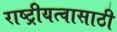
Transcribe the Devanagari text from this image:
राष्ट्रीयत्वासाठी